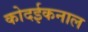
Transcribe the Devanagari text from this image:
कोदईकनाल